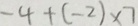
- 4 + ( - 2 ) \times 7